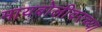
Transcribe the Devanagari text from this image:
मायबोलीवरच्या